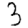
Digit: 3